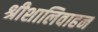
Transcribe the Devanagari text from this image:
श्रीशालिवाहन